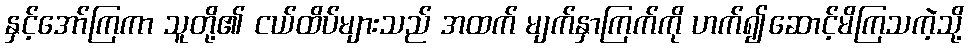
နှင့်အော်ကြကာ သူတို့၏ ငယ်ထိပ်များသည် အထက် မျက်နှာကြက်ကို ဟက်၍ဆောင့်မိကြသကဲ့သို့